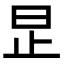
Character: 𪰊